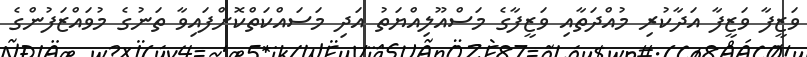
ވަޒީފާ ވަޒީފާ އަދާކުރި މުއްދަތާއި ވަޒީފާގެ މަސްއޫލިއްޔަތު އަދި މަސައްކަތްކޮށްފައިވާ ތަނުގެ މުވައްޒަފުންގެ